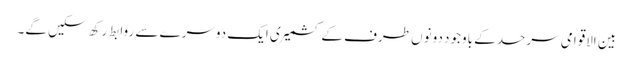
بین الاقوامی سرحد کے باوجود دونوں طرف کے کشمیری ایک دوسرے سے روابط رکھ سکیں گے۔